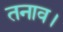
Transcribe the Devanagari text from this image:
तनाव।